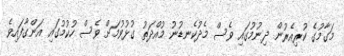
މަގާމުގެ ކުރިއެރުން ދިނުމުގައި ވެސް މެދުކެނޑުނު މުއްދަތު ގުޅުވުމަށް ވެސް ހުކުމުގައި އަންގާފައިވެ